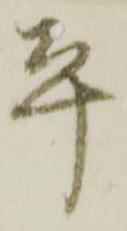
平